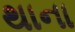
થાના